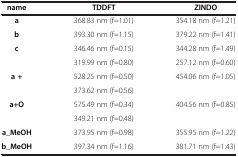
| name | TDDFT | ZINDO |
 | --- | --- | --- |
 | a | 368.83 nm (f=1.01) | 354.18 nm (f=1.21) |
 | b | 393.30 nm (f=1.15) | 379.22 nm (f=1.41) |
 | <ROWSPAN=2> c | 346.46 nm (f=0.15) | 344.28 nm (f=1.49) |
 | 319.99 nm (f=0.80) | 257.12 nm (f=0.60) |
 | <ROWSPAN=2> a + | 528.25 nm (f=0.50) | <ROWSPAN=2> 454.06 nm (f=1.05) |
 | 373.62 nm (f=0.56) |
 | <ROWSPAN=2> a+O | 575.49 nm (f=0.34) | <ROWSPAN=2> 404.56 nm (f=0.85) |
 | 349.21 nm (f=0.48) |
 | a_MeOH | 373.95 nm (f=0.98) | 355.95 nm (f=1.22) |
 | b_MeOH | 397.34 nm (f=1.16) | 381.71 nm (f=1.43) |